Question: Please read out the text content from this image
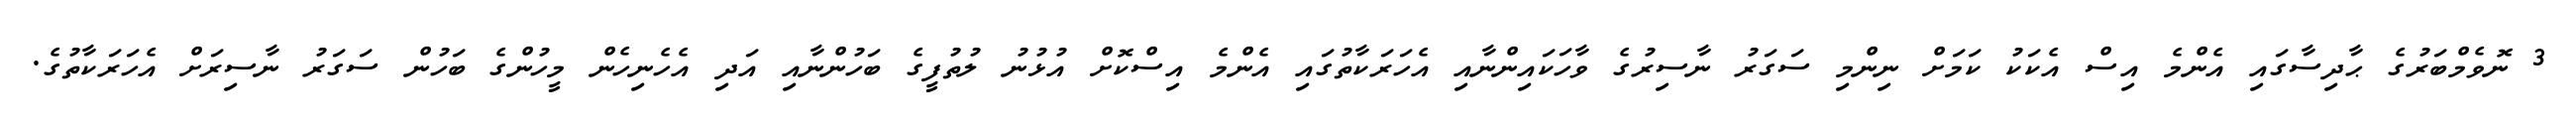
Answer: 3 ނޮވެމްބަރުގެ ޙާދިސާގައި އެންމެ އިސް އެކަކު ކަމަށް ނިންމި ސަގަރު ނާސިރުގެ ވާހަކައިންނާއި އެހަރަކާތުގައި އެންމެ އިސްކޮށް އުޅުނު ލުތުފީގެ ބަހުންނާއި އަދި އެހެނިހެން މީހުންގެ ބަހުން ސަގަރު ނާސިރަށް އެހަރަކާތުގެ.